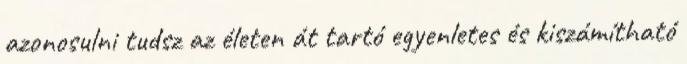
azonosulni tudsz az életen át tartó egyenletes és kiszámítható